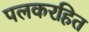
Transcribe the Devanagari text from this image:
पलकरहित